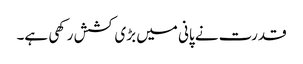
قدرت نے پانی میں بڑی کشش رکھی ہے۔